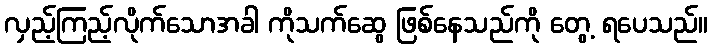
လှည့်ကြည့်လိုက်သောအခါ ကိုသက်ဆွေ ဖြစ်နေသည်ကို တွေ့ ရပေသည်။